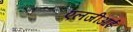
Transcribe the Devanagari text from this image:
एलजीआई